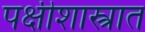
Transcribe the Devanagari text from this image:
पक्षीशास्त्रात